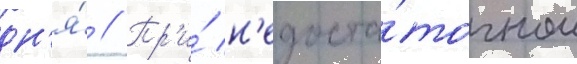
дн'я́ // Пр'и́ н'едоста́точном